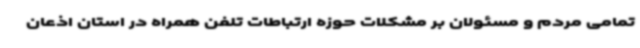
تمامی مردم و مسئولان بر مشکلات حوزه ارتباطات تلفن همراه در استان اذعان